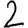
Digit: 2